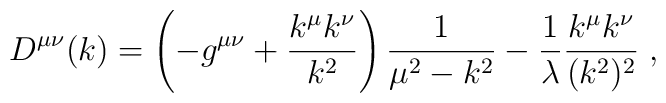
D^{\mu\nu}(k) =  \left(-g^{\mu\nu}+  \frac{k^{\mu}k^{\nu}}{k^2}\right)\frac{1}{\mu^2-k^2}- \frac{1}{\lambda}\frac{k^{\mu}k^{\nu}}{(k^2)^2}\; ,